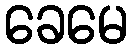
ခေမေ